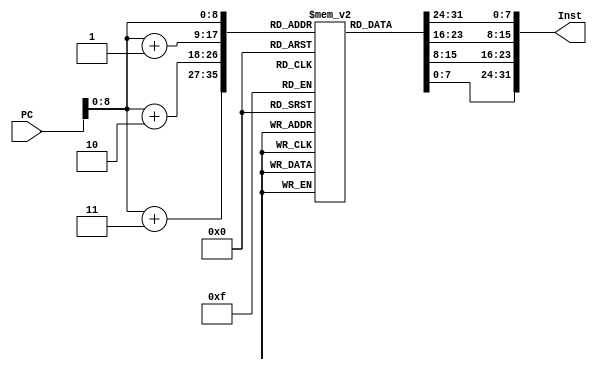
`timescale 1ns / 1ps
//////////////////////////////////////////////////////////////////////////////////
// Company: 
// Engineer: 
// 
// Design Name: 
// Module Name:    Inst_Mem 
// Project Name: 
// Target Devices: 
// Tool versions: 
// Description: 
//
// Dependencies: 
//
// Revision: 
// Revision 0.01 - File Created
// Additional Comments: 
//
//////////////////////////////////////////////////////////////////////////////////
module Inst_Mem(
PC,
Inst
    );

parameter MEM_SIZE = 32'd511;
output [31:0] Inst;
input [31:0] PC;

//reg [31:0] regfile[511:0];
reg [7:0] regfile[MEM_SIZE - 1:0]; //Byte Addressable
assign Inst = {regfile[PC],regfile[PC+1],regfile[PC+2],regfile[PC+3]};

endmodule